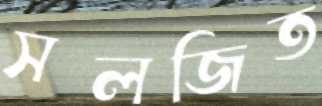
সলজিত